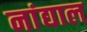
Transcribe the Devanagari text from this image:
नांद्याल